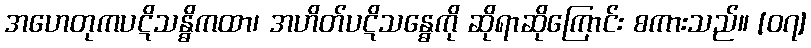
အဟေတုကပဋိသန္ဓိကထာ၊ အဟိတ်ပဋိသန္ဓေကို ဆိုရာဆိုကြောင်း စကားသည်။ [၀၇]